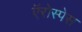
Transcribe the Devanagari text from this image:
ऍरोस्पेस